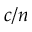
c / n